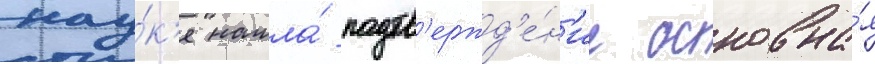
нау́к'е нашла́ подтв'ержд'е́н'ие основна́я